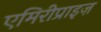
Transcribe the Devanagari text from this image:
एमिरीप्राइज़